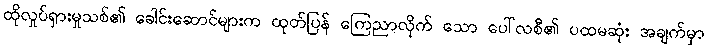
ထိုလှုပ်ရှားမှုသစ်၏ ခေါင်းဆောင်များက ထုတ်ပြန် ကြေညာလိုက် သော ပေါ်လစီ၏ ပထမဆုံး အချက်မှာ